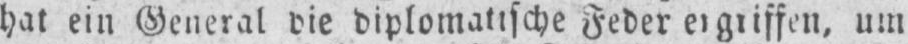
hat ein General die diplomatische Feder ergriffen, um